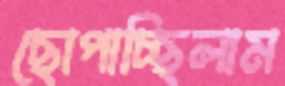
ছোপাচ্ছিলাম